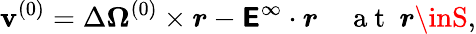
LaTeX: \boldsymbol{\mathbf{v}}^{(0)}=\Delta\boldsymbol{\Omega}^{(0)}\times\boldsymbol{r}-\boldsymbol{\mathsf{{E}}}^{\infty}\cdot\boldsymbol{r}\quad\mathrm{{~a~t~\ }}\boldsymbol{r}\inS,